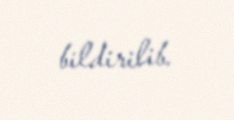
bildirilib.